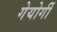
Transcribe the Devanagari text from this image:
गेयोर्गी